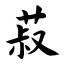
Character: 菽